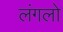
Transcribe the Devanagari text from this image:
लंगलो